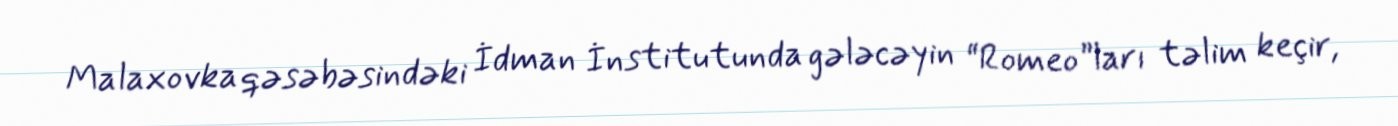
Malaxovka qəsəbəsindəki İdman İnstitutunda gələcəyin “Romeo”ları təlim keçir,